system: You are a helpful assistant.
user:
Analyze the provided spectrum to determine if it is a **Carbon Star (C-type)**.

- **Key Visual Indicators of Carbon Star:**
    - **(Primary):** Strong molecular absorption from **C₂ (diatomic carbon) "Swan Bands."** This is the **defining feature** of a carbon star.
        - **(Key Bandheads):** Sharp absorption edges are visible at approximately $5635$ Å, $5165$ Å (the strongest band), and $4737$ Å.
        - **(Line Profile):** Creates a distinct **"saw-tooth"** pattern. The key morphology is a sharp, steep bandhead on the **red (long-wavelength) side**, which then gradually tapers off (i.e., flux recovers) towards the **blue (short-wavelength) side**. *(This is the direct opposite of the TiO bands seen in M-type stars)*.

    - **(Secondary):** Intense **CN (cyanogen)** molecular absorption bands.
        - **(Key Bandheads):** Located in the blue and violet regions of the spectrum (e.g., near $4215$ Å and $3883$ Å).
        - **(Morphology):** These bands are extremely broad and act as a "blanket," absorbing the vast majority of blue and violet light. This creates a characteristic **"cliff"** or **"steep drop-off"** in the spectrum's flux at short wavelengths.

    - **(Key Confirmation):** Strong **CH absorption band (G-band)**.
        - **(Key Bandhead):** Located around $4300$ Å. The contribution from CH molecules to this band is exceptionally strong.

    - **(Overall Spectrum):**
        - The continuum is severely "chopped up" by these deep molecular bands, especially C₂, rather than appearing as a smooth curve.
        - Due to the heavy CN and C₂ absorption in the blue-green, the vast majority of the star's flux is concentrated in the red part of the spectrum, giving the star its characteristic deep red color.

Think first, call **spectral_visualization_tool** if needed to examine features in detail, then provide your final answer. Your response must adhere to the following strict rules:
1.  **Overall Structure:** Your response must follow the format `<think>...</think> <tool_call>...</tool_call> (if a tool is used) <answer>...</answer>`.
2.  **Tool Usage Constraint:** You may only make **one** tool call per turn.
3.  **Final Answer Format:** In the `<answer>` tag, your conclusion must be inside a `\boxed{}` command (e.g., `\boxed{YES}`), followed by your justification.

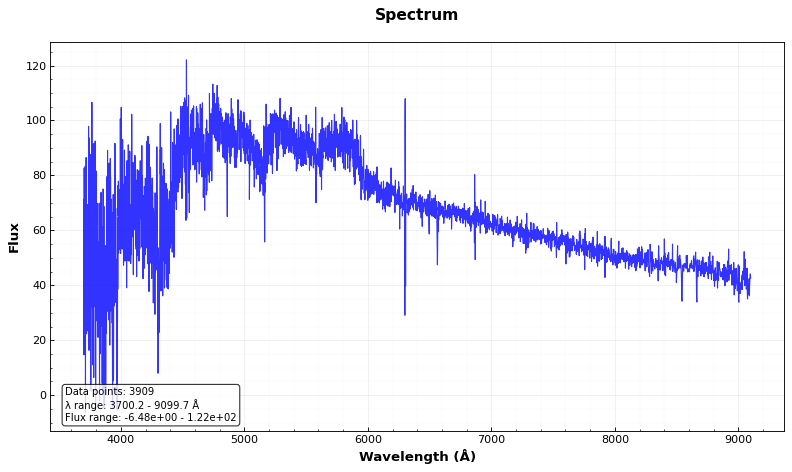
Answer: YES